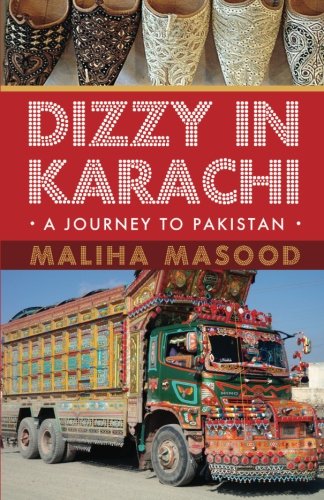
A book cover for Dizzy in Karachi: A Journey to Pakistan; Maliha Masood; Travel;